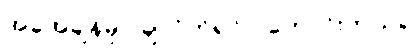
အခုအချိန်မှာ ချလိုက်ရင် ပိုကောင်းတယ်။